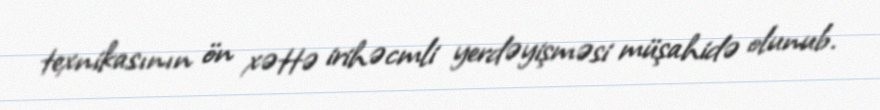
texnikasının ön xəttə irihəcmli yerdəyişməsi müşahidə olunub.